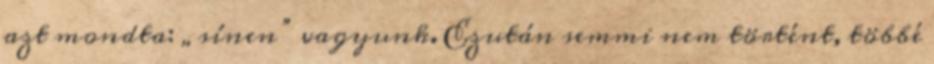
azt mondta: „sínen” vagyunk. Ezután semmi nem történt, többé